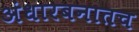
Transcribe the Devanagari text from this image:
अंधारबनातच